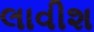
લાવીશ